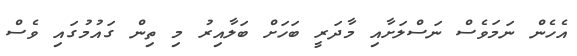
އެހެން ނަމަވެސް ނަސްލަށާއި މާދަރީ ބަހަށް ބަލާއިރު މި ތިން ގައުމުގައި ވެސް